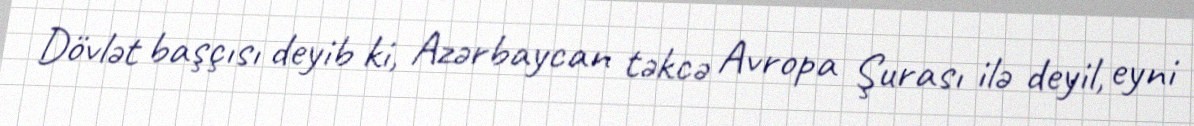
Dövlət başçısı deyib ki, Azərbaycan təkcə Avropa Şurası ilə deyil, eyni